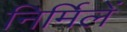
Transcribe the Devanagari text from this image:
निर्मिलें